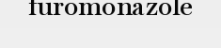
furomonazole